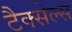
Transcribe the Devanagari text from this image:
टैक्सेल्स